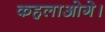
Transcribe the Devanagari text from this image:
कहलाओगे।